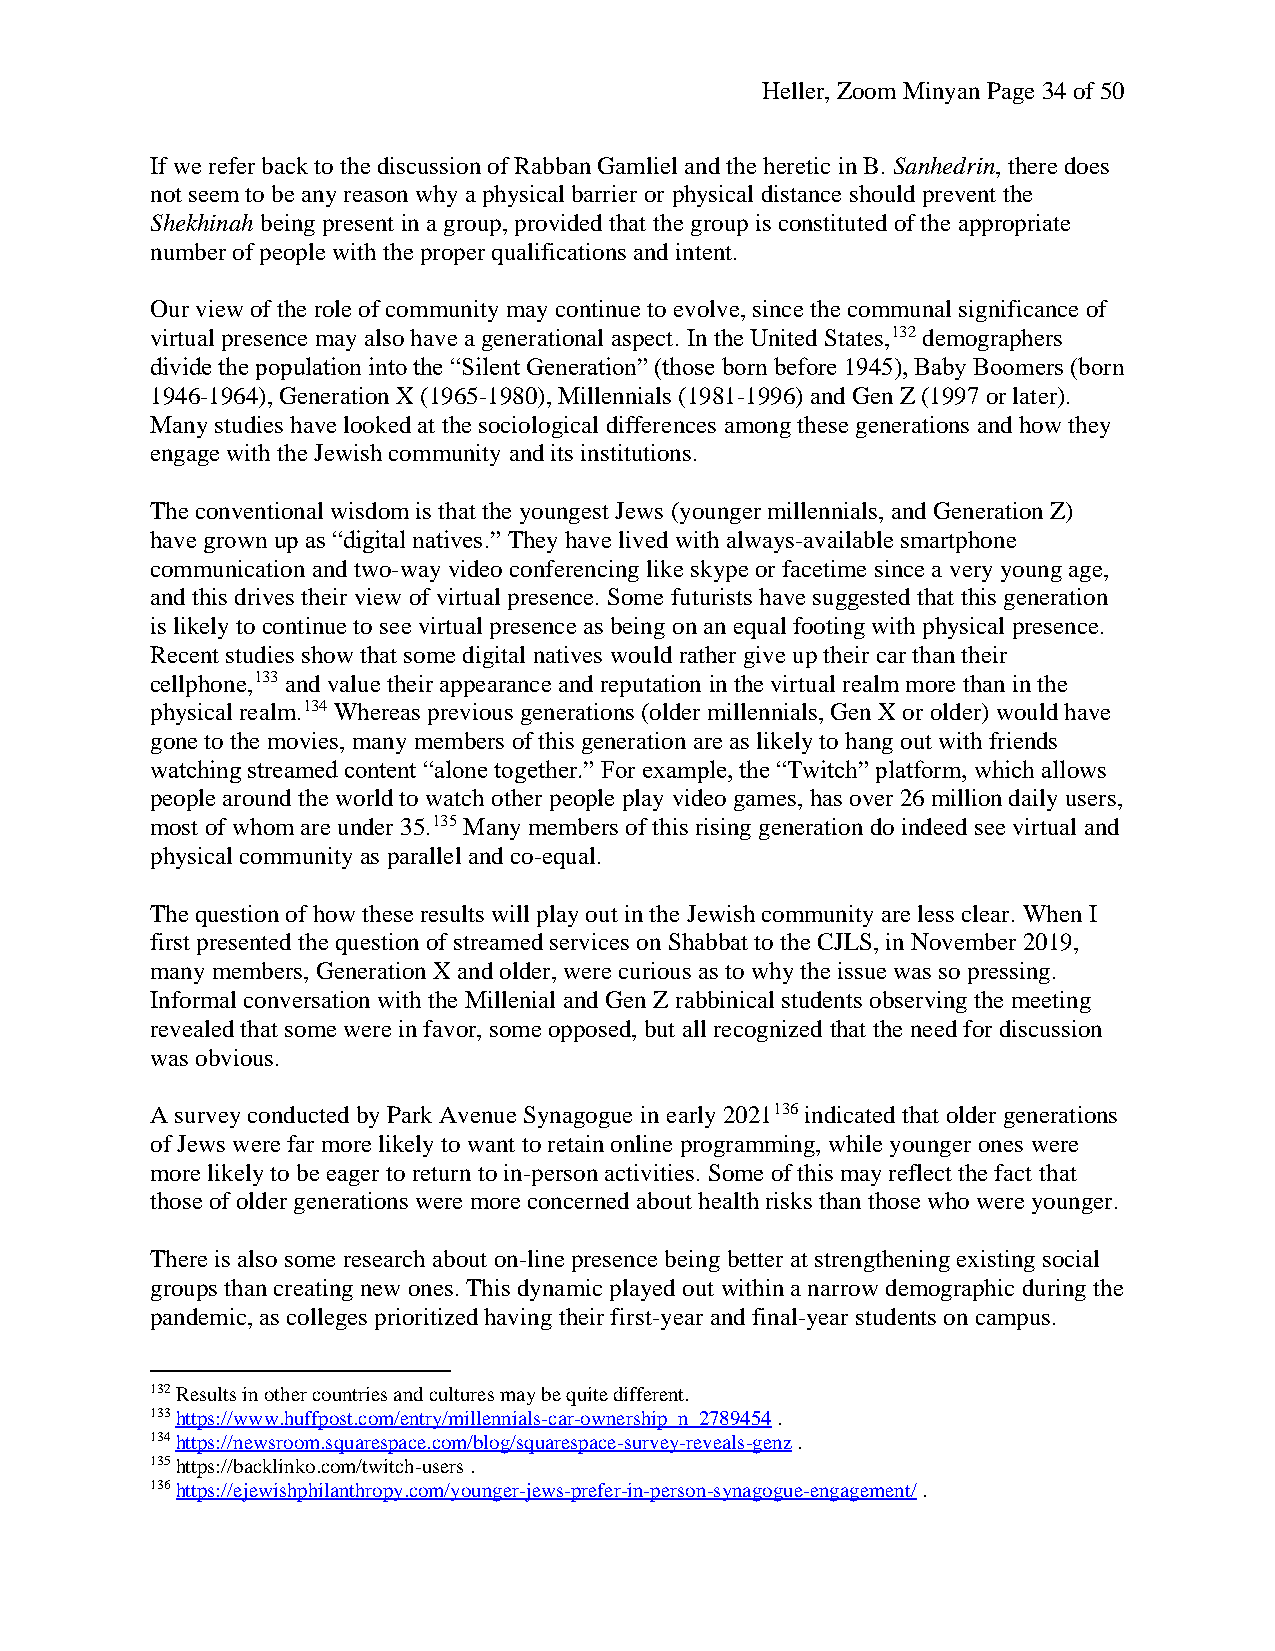
Heller, Zoom Minyan Page 34 of 50
 If we refer back to the discussion of Rabban Gamliel and the heretic in B. Sanhedrin, there does
 not seem to be any reason why a physical barrier or physical distance should prevent the
 Shekhinah being present in a group, provided that the group is constituted of the appropriate
 number of people with the proper qualifications and intent.
 Our view of the role of community may continue to evolve, since the communal significance of
 virtual presence may also have a generational aspect. In the United States,132 demographers
 divide the population into the “Silent Generation” (those born before 1945), Baby Boomers (born
 1946-1964), Generation X (1965-1980), Millennials (1981-1996) and Gen Z (1997 or later).
 Many studies have looked at the sociological differences among these generations and how they
 engage with the Jewish community and its institutions.
 The conventional wisdom is that the youngest Jews (younger millennials, and Generation Z)
 have grown up as “digital natives.” They have lived with always-available smartphone
 communication and two-way video conferencing like skype or facetime since a very young age,
 and this drives their view of virtual presence. Some futurists have suggested that this generation
 is likely to continue to see virtual presence as being on an equal footing with physical presence.
 Recent studies show that some digital natives would rather give up their car than their
 cellphone,133 and value their appearance and reputation in the virtual realm more than in the
 physical realm.134 Whereas previous generations (older millennials, Gen X or older) would have
 gone to the movies, many members of this generation are as likely to hang out with friends
 watching streamed content “alone together.” For example, the “Twitch” platform, which allows
 people around the world to watch other people play video games, has over 26 million daily users,
 most of whom are under 35.135 Many members of this rising generation do indeed see virtual and
 physical community as parallel and co-equal.
 The question of how these results will play out in the Jewish community are less clear. When I
 first presented the question of streamed services on Shabbat to the CJLS, in November 2019,
 many members, Generation X and older, were curious as to why the issue was so pressing.
 Informal conversation with the Millenial and Gen Z rabbinical students observing the meeting
 revealed that some were in favor, some opposed, but all recognized that the need for discussion
 was obvious.
 A survey conducted by Park Avenue Synagogue in early 2021136 indicated that older generations
 of Jews were far more likely to want to retain online programming, while younger ones were
 more likely to be eager to return to in-person activities. Some of this may reflect the fact that
 those of older generations were more concerned about health risks than those who were younger.
 There is also some research about on-line presence being better at strengthening existing social
 groups than creating new ones. This dynamic played out within a narrow demographic during the
 pandemic, as colleges prioritized having their first-year and final-year students on campus.
 132 Results in other countries and cultures may be quite different.
 133 https://www.huffpost.com/entry/millennials-car-ownership_n_2789454 .
 134 https://newsroom.squarespace.com/blog/squarespace-survey-reveals-genz .
 135 https://backlinko.com/twitch-users .
 136 https://ejewishphilanthropy.com/younger-jews-prefer-in-person-synagogue-engagement/ .